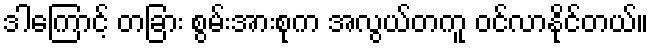
ဒါကြောင့် တခြား စွမ်းအားစုက အလွယ်တကူ ဝင်လာနိုင်တယ်။